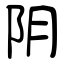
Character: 阴